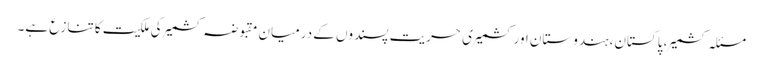
مسئلہ کشمیر، پاکستان، ہندوستان اور کشمیری حریت پسندوں کے درمیان مقبوضہ کشمیر کی ملکیت کا تنازع ہے۔